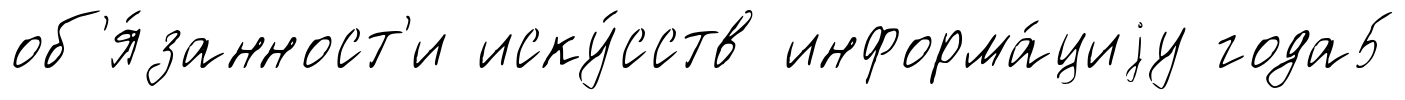
об'я́занност'и иску́сств информа́циjу года5